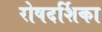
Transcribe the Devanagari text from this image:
रोषदर्शिका